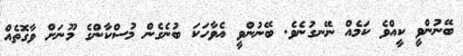
ބޭނުންވީ ކީއްވެ ކަމެއް ނޭނގުނެވެ. ބޭނުންވީ އެވާހަކަ ބުނެގެން މުސްކާންގެ މޫނަށް ވާގޮތެއް